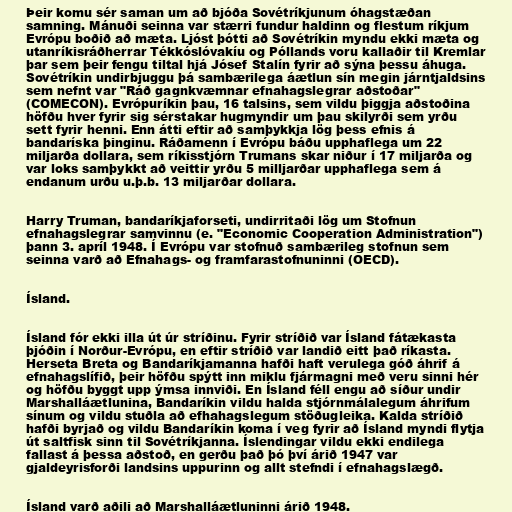
Þeir komu sér saman um að bjóða Sovétríkjunum óhagstæðan
samning. Mánuði seinna var stærri fundur haldinn og flestum ríkjum
Evrópu boðið að mæta. Ljóst þótti að Sovétríkin myndu ekki mæta og
utanríkisráðherrar Tékkóslóvakíu og Póllands voru kallaðir til Kremlar
þar sem þeir fengu tiltal hjá Jósef Stalín fyrir að sýna þessu áhuga.
Sovétríkin undirbjuggu þá sambærilega áætlun sín megin járntjaldsins
sem nefnt var "Ráð gagnkvæmnar efnahagslegrar aðstoðar"
(COMECON). Evrópuríkin þau, 16 talsins, sem vildu þiggja aðstoðina
höfðu hver fyrir sig sérstakar hugmyndir um þau skilyrði sem yrðu
sett fyrir henni. Enn átti eftir að samþykkja lög þess efnis á
bandaríska þinginu. Ráðamenn í Evrópu báðu upphaflega um 22
miljarða dollara, sem ríkisstjórn Trumans skar niður í 17 miljarða og
var loks samþykkt að veittir yrðu 5 milljarðar upphaflega sem á
endanum urðu u.þ.b. 13 miljarðar dollara.

Harry Truman, bandaríkjaforseti, undirritaði lög um Stofnun
efnahagslegrar samvinnu (e. "Economic Cooperation Administration")
þann 3. apríl 1948. Í Evrópu var stofnuð sambærileg stofnun sem
seinna varð að Efnahags- og framfarastofnuninni (OECD).

Ísland.

Ísland fór ekki illa út úr stríðinu. Fyrir stríðið var Ísland fátækasta
þjóðin í Norður-Evrópu, en eftir stríðið var landið eitt það ríkasta.
Herseta Breta og Bandaríkjamanna hafði haft verulega góð áhrif á
efnahagslífið, þeir höfðu spýtt inn miklu fjármagni með veru sinni hér
og höfðu byggt upp ýmsa innviði. En Ísland féll engu að síður undir
Marshalláætlunina, Bandaríkin vildu halda stjórnmálalegum áhrifum
sínum og vildu stuðla að efhahagslegum stöðugleika. Kalda stríðið
hafði byrjað og vildu Bandaríkin koma í veg fyrir að Ísland myndi flytja
út saltfisk sinn til Sovétríkjanna. Íslendingar vildu ekki endilega
fallast á þessa aðstoð, en gerðu það þó því árið 1947 var
gjaldeyrisforði landsins uppurinn og allt stefndi í efnahagslægð.

Ísland varð aðili að Marshalláætluninni árið 1948.